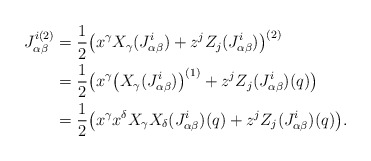
\begin{align*} J_{\alpha\beta}^{i(2)}&= \frac{1}{2}\big{(}x^\gamma X_\gamma(J_{\alpha\beta}^{i})+z^j Z_j(J_{\alpha\beta}^{i})\big{)}^{(2)} \\ &=\frac{1}{2}\big{(}x^\gamma \big(X_\gamma(J_{\alpha\beta}^{i})\big)^{(1)}+z^j Z_j(J_{\alpha\beta}^{i})(q)\big{)}\\ &=\frac{1}{2}\big{(}x^\gamma x^\delta X_\gamma X_\delta(J_{\alpha\beta}^{i})(q)+z^j Z_j(J_{\alpha\beta}^{i})(q)\big{)}. \end{align*}